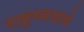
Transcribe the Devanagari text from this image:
राष्ट्रध्वजाचे